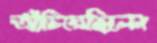
আঁচিয়েছিলেন